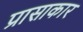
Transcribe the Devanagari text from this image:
प्रासाकार